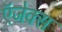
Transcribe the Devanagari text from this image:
ऍजेक्स